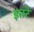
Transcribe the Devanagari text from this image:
इतरे